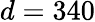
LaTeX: d=340